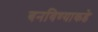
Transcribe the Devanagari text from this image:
बनविण्याकडे